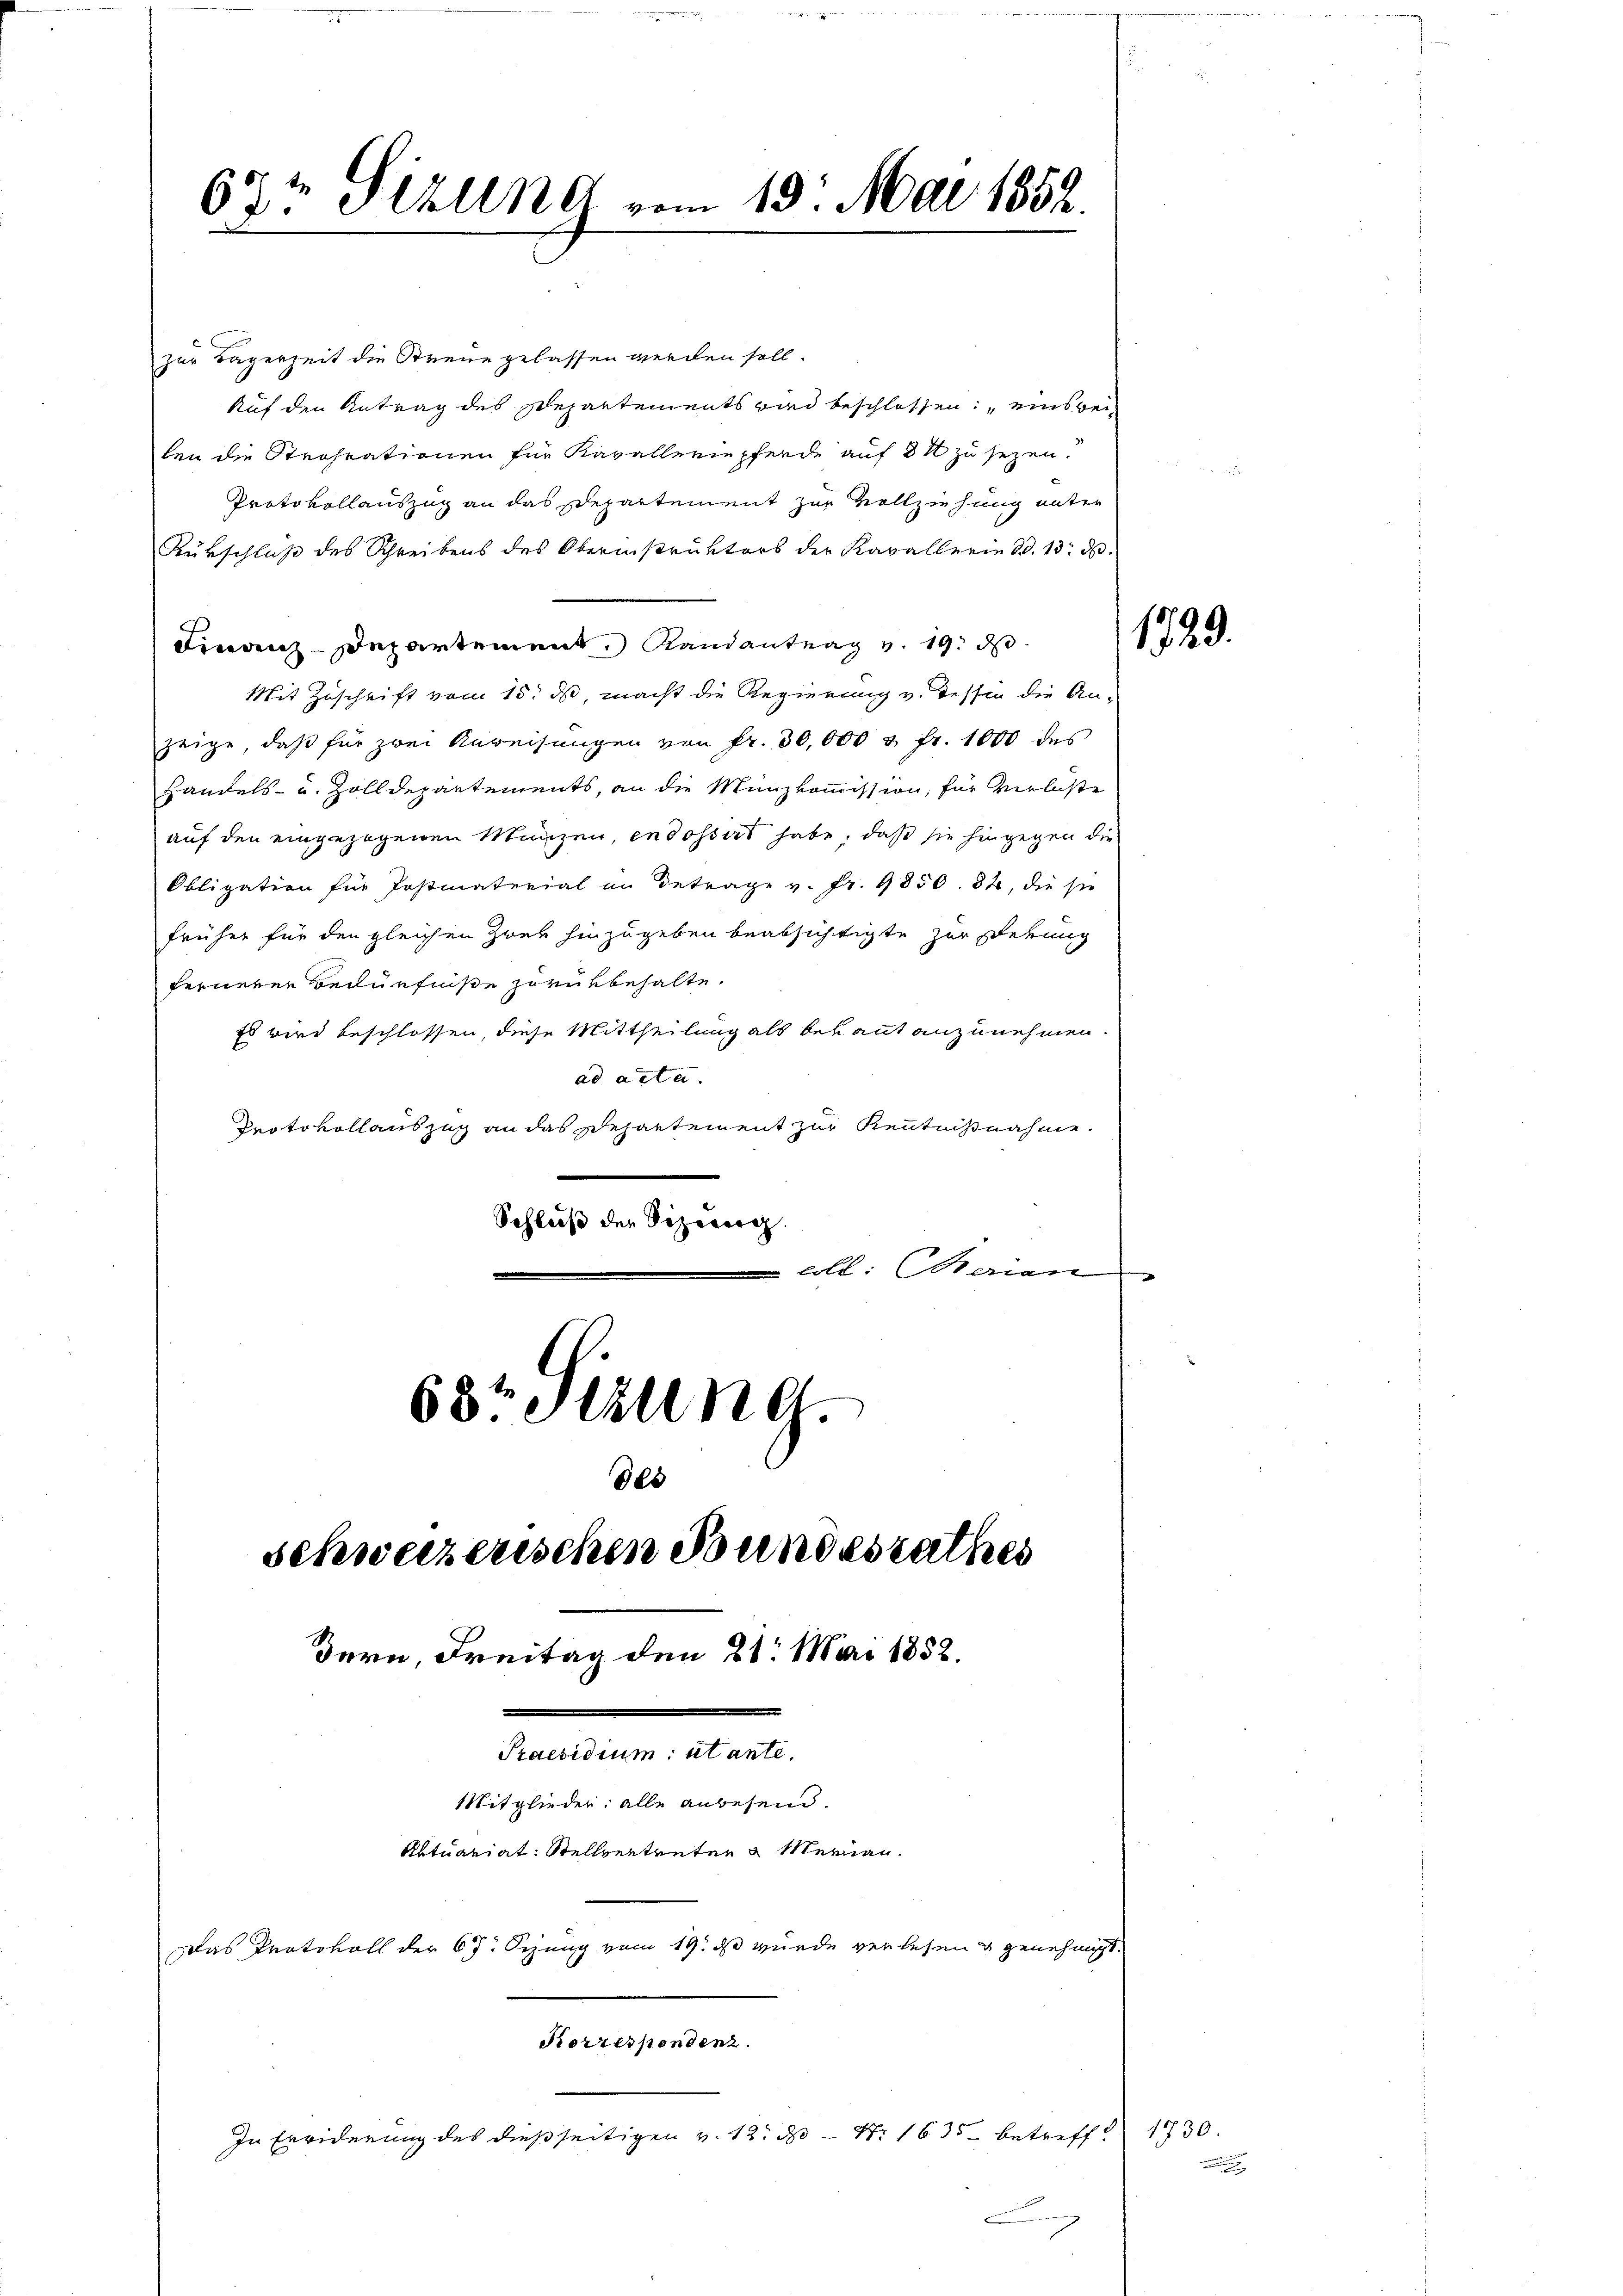
67t Sizung vom 19. Mai 1852.

zur Lagerzeit die Streue gelassen werden soll.
Auf den Antrag des Departements wird beschlossen: „eins beilen die Strohrationen für Kavalleriepferde auf 8 x zu sezen.
Protokollauszug an das Departement zur Vollziehung unter
Rükschluß des Schreibens des Obernistruktors der Kavallerin d. 13. ds.
Finanz-Departement Randantrag v. 19. ds
Mit Zuschrift vom 15. ds, macht die Regierung v. Tessin die An-
zeige, daß für zwei Anweisungen von fr. 30,000 u. fr. 1000 des
Handels- u. Zolldepartements, an die Münzkommission, für Verluste
auf den eingezogenen Münzen, indossirt habe, daß sie hingegen die
Obligation für Postmaterial an Betrage v. fr. 9850. 82, die sie
früher für den gleichen Zwey hinzugeben beabsichtigte zur Debung
fernerer Bedürfniße zurükbehalte.
Es wird beschlossen, diese Mittheilung als bekant anzunehmen.
ad acta.
Protovollauszug an das Departement zur Kenntnißnahme.
Schluß der Vizeverg
coll: Caien
63: Sizung.

Bern, Freitag den 21. Mai 1882.
.
Praesidium utante.
Mitglieder: alle anbesein.
Aktuariat Stellvertreten & Merian
Das Protokoll der 67. Sezung vom 19. ds wurde verlesen & genehmigt
Korrespondenz.

Schweizerischen Bundesrathes

l
.

In Erwiderung des dießseitigen v. 12. ds Nr 1635 betreff. 1730.

.

1729.

.